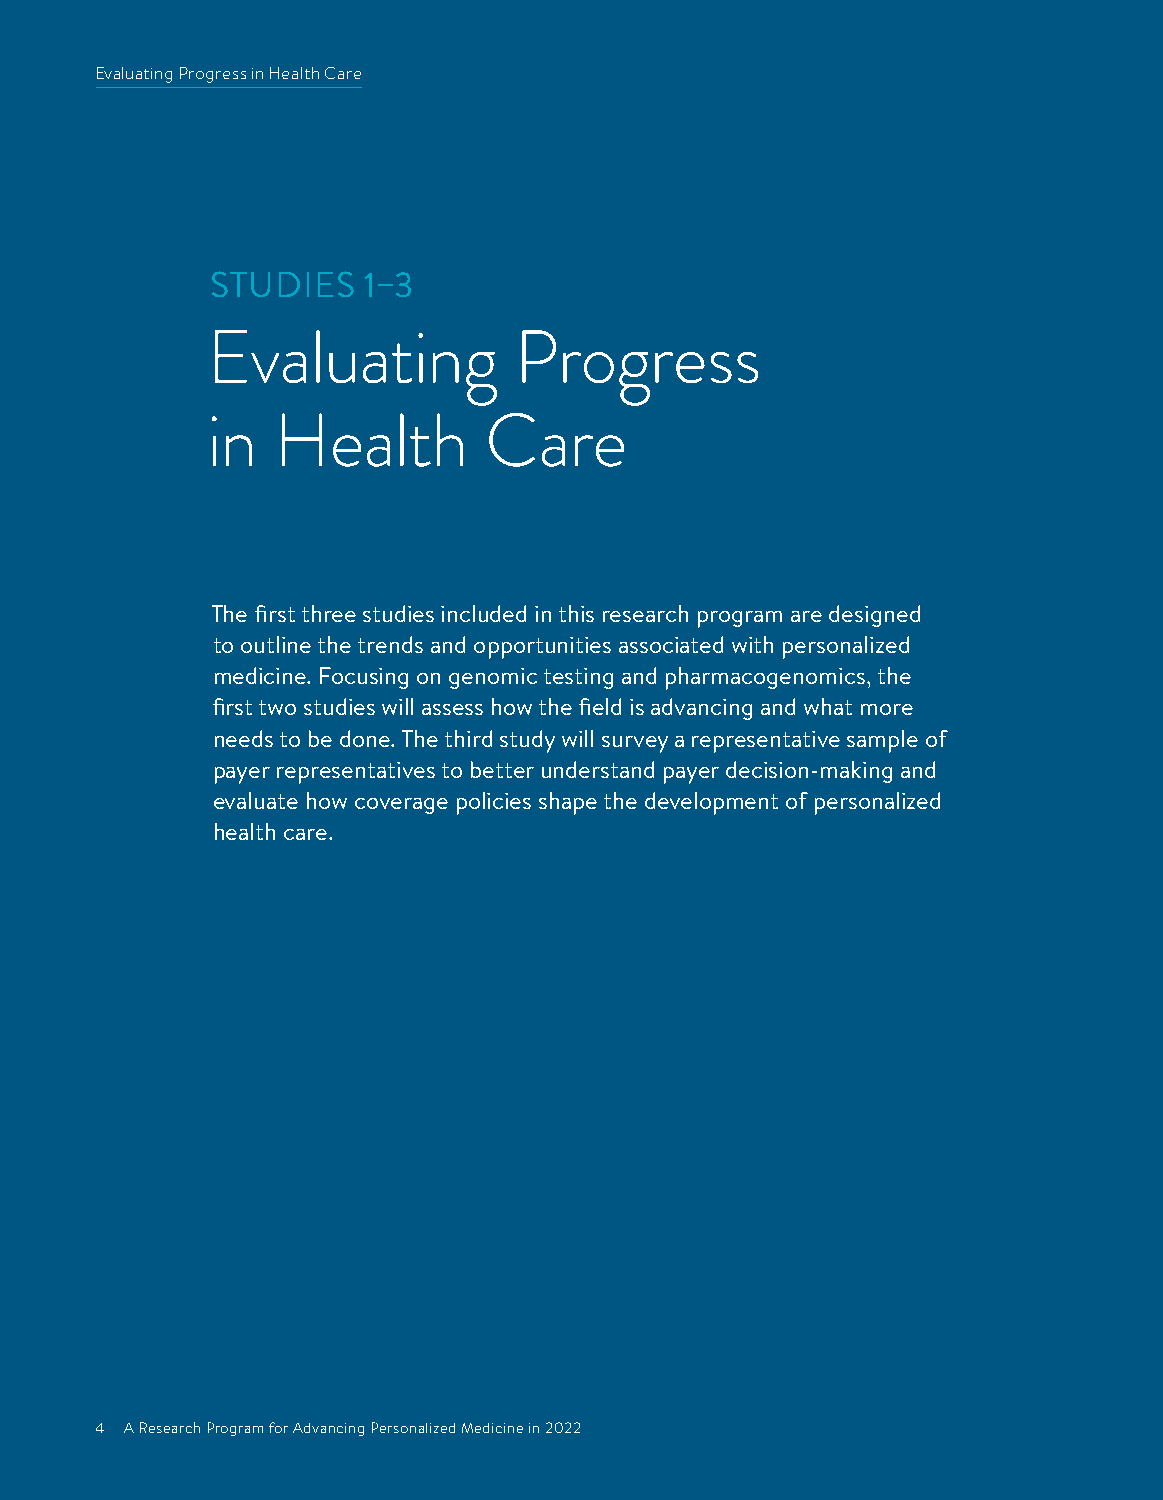
Evaluating Progress in Health Care
 STUDIES   1–3
 Evaluating          Progress
 in  Health        Care
 The first three studies included in this research program are designed
 to outline the trends and opportunities associated with personalized
 medicine. Focusing on genomic testing and pharmacogenomics, the
 first two studies will assess how the field is advancing and what more
 needs to be done. The third study will survey a representative sample of
 payer representatives to better understand payer decision-making and
 evaluate how coverage policies shape the development of personalized
 health care.
 4 A Research Program for Advancing Personalized Medicine in 2022
 4 A Research Program for Advancing Personalized Medicine in 2022